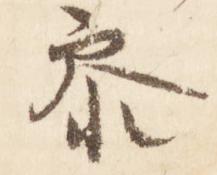
参